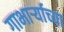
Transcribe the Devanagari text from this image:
गाभार्र्‍याच्या